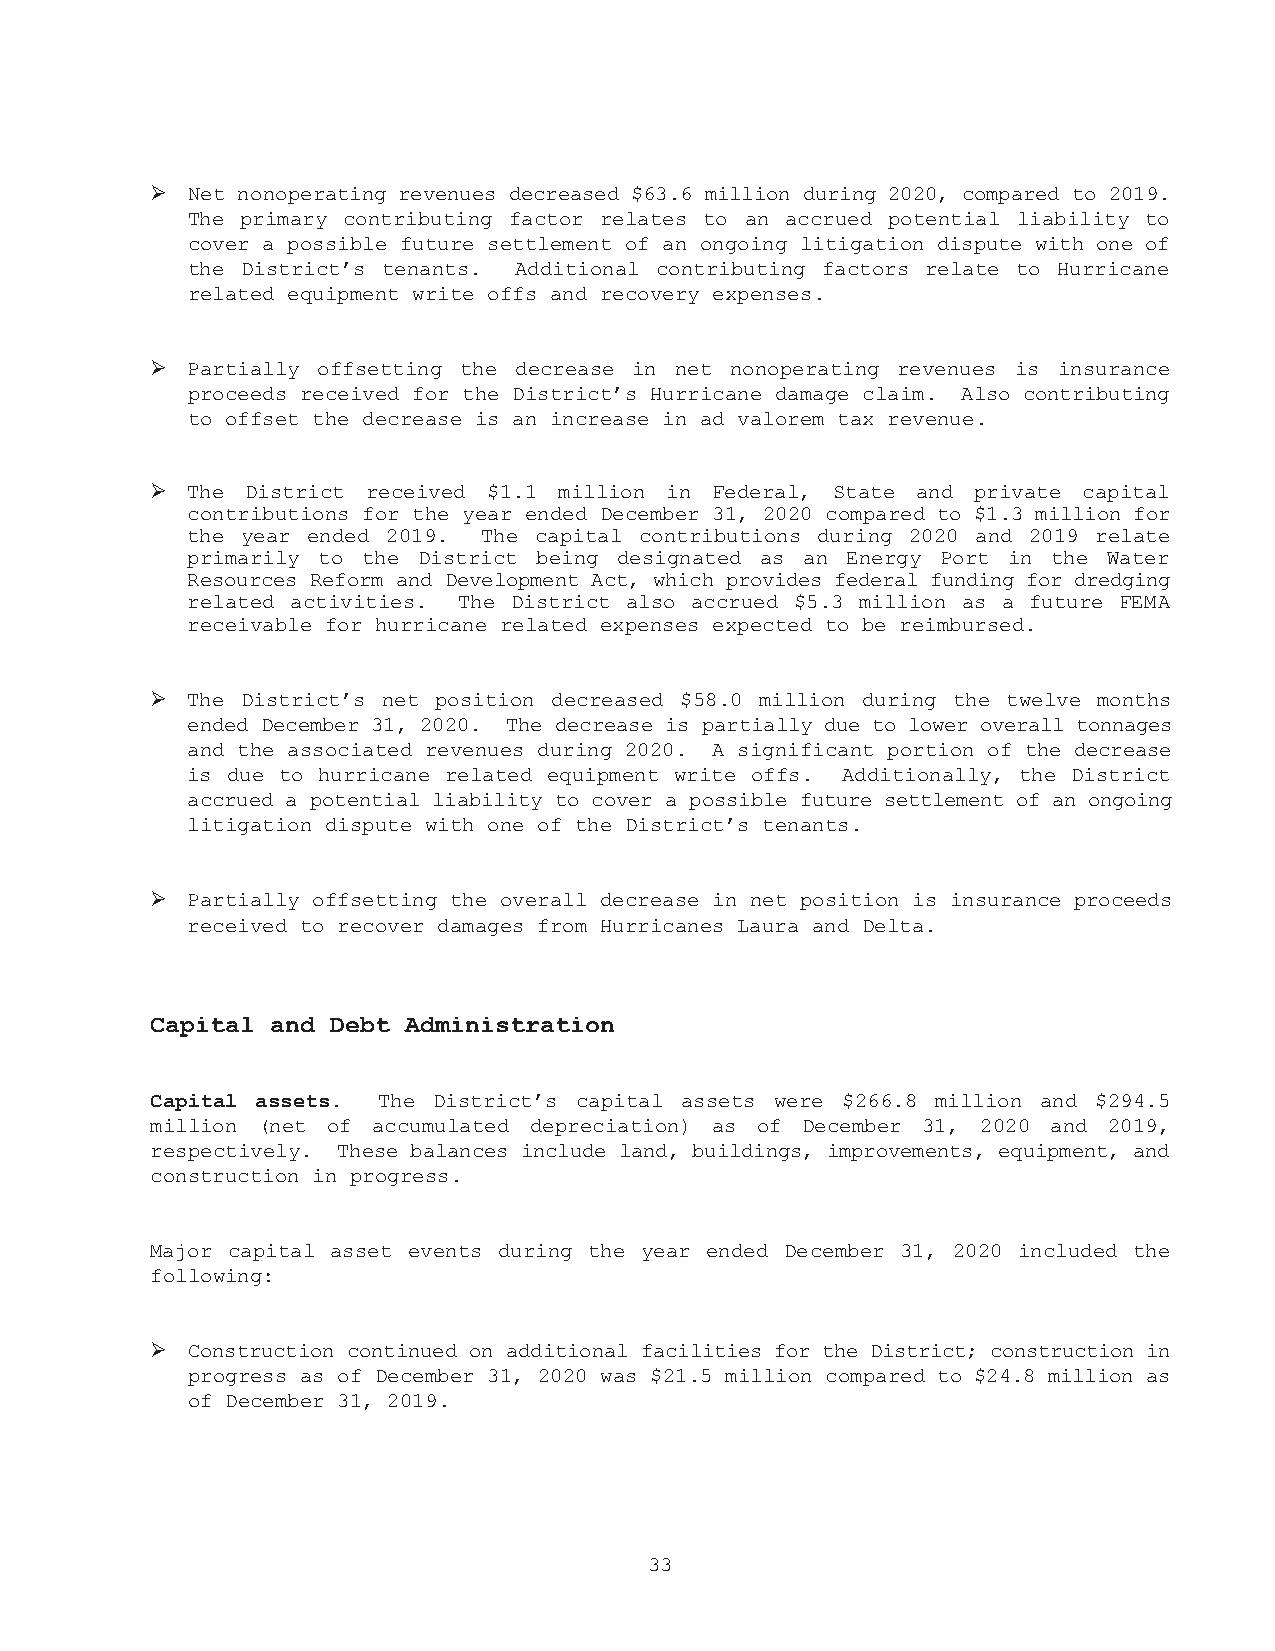
➢
 Net nonoperating revenues decreased $63.6 million during 2020, compared to 2019.
 The primary contributing factor relates to an accrued potential liability to
 cover a possible future settlement of an ongoing litigation dispute with one of
 the District’s tenants. Additional contributing factors relate to Hurricane
 related equipment write offs and recovery expenses.
 ➢
 Partially offsetting the decrease in net nonoperating revenues is insurance
 proceeds received for the District’s Hurricane damage claim. Also contributing
 to offset the decrease is an increase in ad valorem tax revenue.
 ➢
 The District received $1.1 million in Federal, State and private capital
 contributions for the year ended December 31, 2020 compared to $1.3 million for
 the year ended 2019. The capital contributions during 2020 and 2019 relate
 primarily to the District being designated as an Energy Port in the Water
 Resources Reform and Development Act, which provides federal funding for dredging
 related activities. The District also accrued $5.3 million as a future FEMA
 receivable for hurricane related expenses expected to be reimbursed.
 ➢
 The District’s net position decreased $58.0 million during the twelve months
 ended December 31, 2020. The decrease is partially due to lower overall tonnages
 and the associated revenues during 2020. A significant portion of the decrease
 is due to hurricane related equipment write offs. Additionally, the District
 accrued a potential liability to cover a possible future settlement of an ongoing
 litigation dispute with one of the District’s tenants.
 ➢
 Partially offsetting the overall decrease in net position is insurance proceeds
 received to recover damages from Hurricanes Laura and Delta.
 Capital and Debt Administration
 Capital assets. The District’s capital assets were $266.8 million and $294.5
 million (net of accumulated depreciation) as of December 31, 2020 and 2019,
 respectively. These balances include land, buildings, improvements, equipment, and
 construction in progress.
 Major capital asset events during the year ended December 31, 2020 included the
 following:
 ➢
 Construction continued on additional facilities for the District; construction in
 progress as of December 31, 2020 was $21.5 million compared to $24.8 million as
 of December 31, 2019.
 33